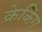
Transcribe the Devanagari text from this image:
क्रेकिंग